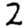
Digit: 2